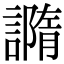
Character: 䜏